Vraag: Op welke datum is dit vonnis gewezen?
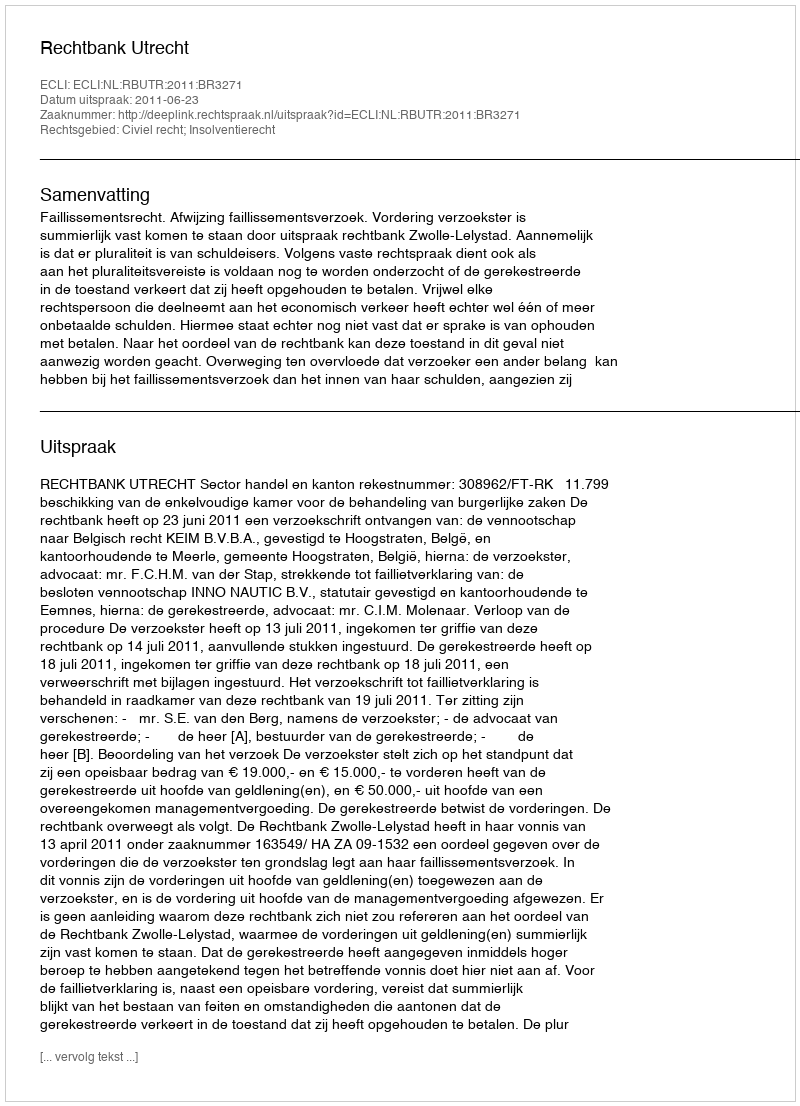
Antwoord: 2011-06-23